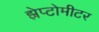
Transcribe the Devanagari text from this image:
झेप्टोमीटर